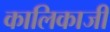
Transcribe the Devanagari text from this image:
कालिकाजी